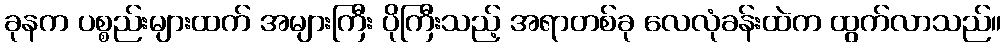
ခုနက ပစ္စည်းများထက် အများကြီး ပိုကြီးသည့် အရာတစ်ခု လေလုံခန်းထဲက ထွက်လာသည်။